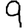
Digit: 9